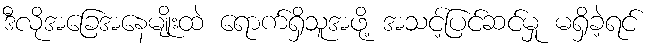
ဒီလိုအခြေအနေမျိုးထဲ ရောက်ရှိသူအဖို့ အသင့်ပြင်ဆင်မှု မရှိခဲ့ရင်